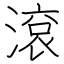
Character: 滾